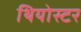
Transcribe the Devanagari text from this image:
थियोस्टर